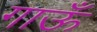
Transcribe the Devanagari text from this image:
गाऊँ